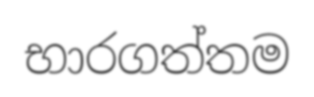
භාරගත්තම